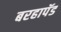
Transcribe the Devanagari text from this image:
बरहापॅड